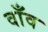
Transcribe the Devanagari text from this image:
वाँव